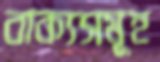
বাক্যসমূহ